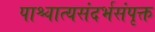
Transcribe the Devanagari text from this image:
पाश्चात्यसंदर्भसंपृक्त